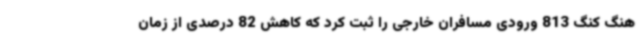
هنگ کنگ 813 ورودی مسافران خارجی را ثبت کرد که کاهش 82 درصدی از زمان